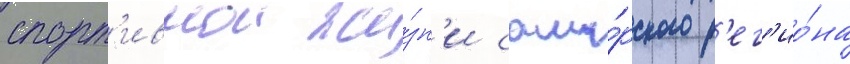
спорт'ивнои жи́зн'и сама́рского р'ег'ио́на